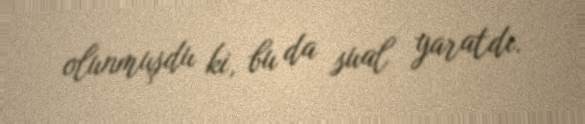
olunmuşdu ki, bu da sual yaratdı.